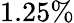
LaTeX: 1.25\%